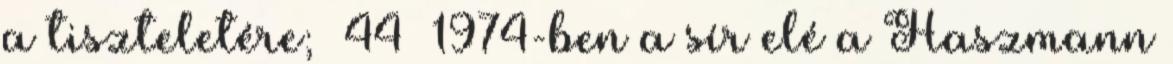
a tiszteletére; 44 1974-ben a sír elé a Haszmann